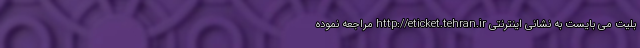
بلیت می بایست به نشانی اینترنتی http://eticket.tehran.ir مراجعه نموده